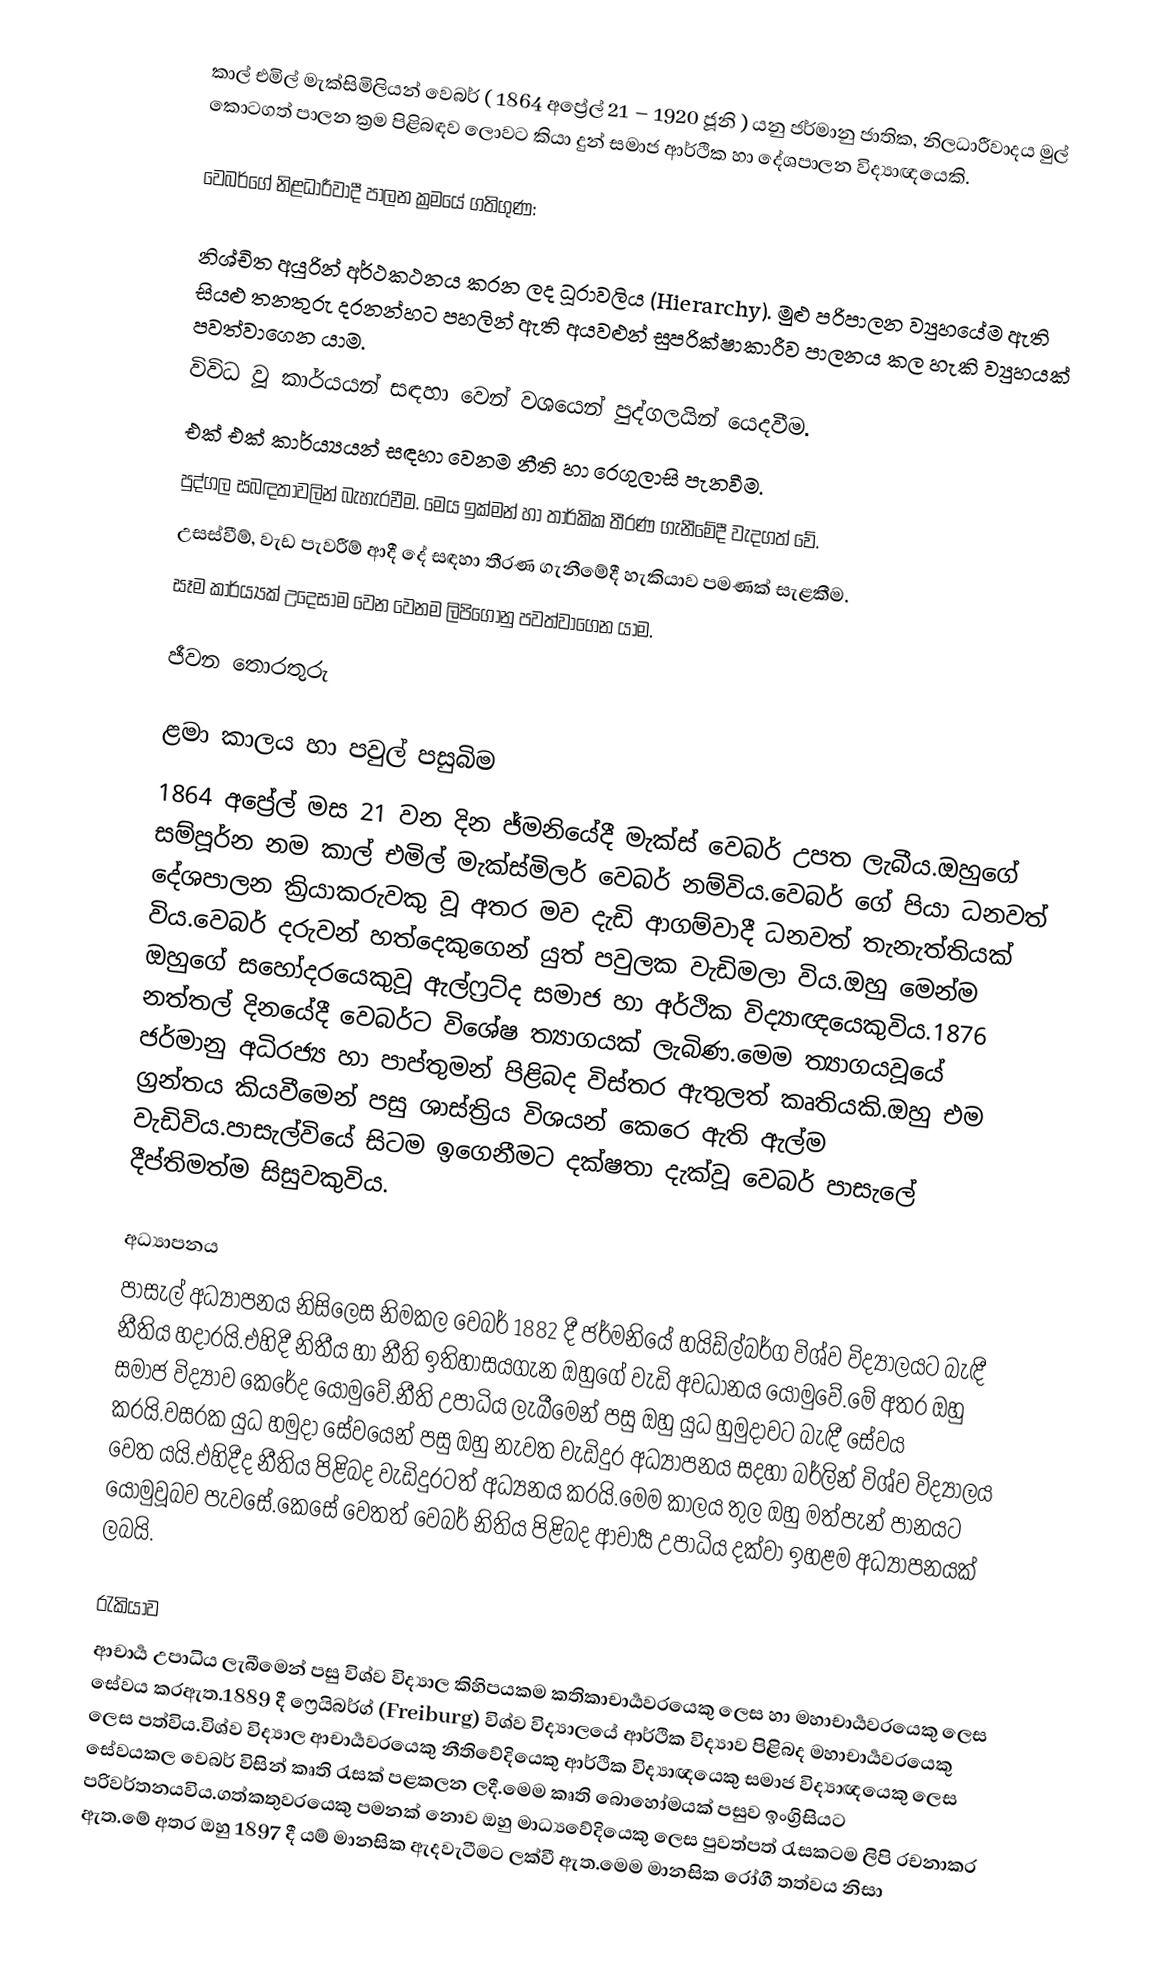
කාල් එමිල් මැක්සිමිලියන් වෙබර් ( 1864 අප්‍රේල් 21 – 1920 ජූනි ) යනු ජර්මානු ජාතික, නිලධාරීවාදය මුල් කොටගත් පාලන ක්‍රම පිළිබඳව ලොවට කියා දුන් සමාජ ආර්ථික හා දේශපාලන විද්‍යාඥයෙකි.

වෙබර්ගේ නිළධාරීවාදී පාලන ක්‍රමයේ ගතිගුණ:

 නිශ්චිත අයුරින් අර්ථකථනය කරන ලද ධූරාවලිය (Hierarchy). මුළු පරිපාලන ව්‍යුහයේම ඇති සියළු තනතුරු දරනන්හට පහලින් ඇති අයවළුන් සුපරික්ෂාකාරීව පාලනය කල හැකි ව්‍යුහයක් පවත්වාගෙන යාම.
 විවිධ වූ කාර්යයන් සඳහා වෙන් වශයෙන් පුද්ගලයින් යෙදවීම.
 එක් එක් කාර්ය්‍යයන් සඳහා වෙනම නීති හා රෙගුලාසි පැනවීම.
 පුද්ගල සබඳතාවලින් බැහැරවීම. මෙය ඉක්මන් හා තාර්කික තීරණ ගැනීමේදී වැදගත් වේ.
 උසස්වීම්, වැඩ පැවරීම් ආදී දේ සඳහා තීරණ ගැනීමේදී හැකියාව පමණක් සැළකීම.
 සෑම කාර්ය්‍යක් උදෙසාම වෙන වෙනම ලිපිගොනු පවත්වාගෙන යාම.

ජීවන තොරතුරු

ළමා කාලය හා පවුල් පසුබිම
1864 අප්‍රේල් මස 21 වන දින ජ්මනියේදී මැක්ස් වෙබර් උපත ලැබීය.ඔහුගේ සම්පූර්න නම කාල් එමිල් මැක්ස්මිලර් වෙබර් නම්විය.වෙබර් ගේ පියා ධනවත් දේශපාලන ක්‍රියාකරුවකු වූ අතර මව දැඩි ආගම්වාදී ධනවත් තැනැත්තියක් විය.වෙබර් දරුවන් හත්දෙකුගෙන් යුත් පවුලක වැඩිමලා විය.ඔහු මෙන්ම ඔහුගේ සහෝදරයෙකුවූ ඇල්ෆ්‍රට්ද සමාජ හා අර්ථික විද්‍යාඥයෙකුවිය.1876 නත්තල් දිනයේදී වෙබර්ට විශේෂ ත්‍යාගයක් ලැබිණ.මෙම ත්‍යාගයවූයේ ජර්මානු අධිරජ්‍ය හා පාප්තුමන් පිළිබද විස්තර ඇතුලත් කෘතියකි.ඔහු එම ග්‍රන්තය කියවීමෙන් පසු ශාස්ත්‍රිය විශයන් කෙරෙ ඇති ඇල්ම වැඩිවිය.පාසැල්වියේ සිටම ඉගෙනීමට දක්ෂතා දැක්වූ වෙබර් පාසැලේ දීප්තිමත්ම සිසුවකුවිය.

අධ්‍යාපනය
පාසැල් අධ්‍යාපනය නිසිලෙස නිමකල වෙබර් 1882 දී ජර්මනියේ හයිඩ්ල්බර්ග විශ්ව විද්‍යාලයට බැඳී නීතිය හදාරයි.එහිදී නිතීය හා නීති ඉතිහාසයගැන ඔහුගේ වැඩි අවධානය යොමුවේ.මේ අතර ඔහු සමාජ විද්‍යාව කෙරේද යොමුවේ.නීති උපාධිය ලැබීමෙන් පසු ඔහු යුධ හුමුදාවට බැඳී සේවය කරයි.වසරක යුධ හමුදා සේවයෙන් පසු ඔහු නැවත වැඩිදුර අධ්‍යාපනය සදහා බර්ලින් විශ්ව විද්‍යාලය වෙත යයි.එහිදීද නීතිය පිළිබද වැඩිදුරටත් අධ්‍යනය කරයි.මෙම කාලය තුල ඔහු මත්පැන් පානයට යොමුවූබව පැවසේ.කෙසේ වෙතත් වෙබර් නිතිය පිළිබද ආචාර්‍ය උපාධිය දක්වා ඉහළම අධ්‍යාපනයක් ලබයි.

රැකියාව
ආචාර්‍ය උපාධිය ලැබීමෙන් පසු විශ්ව විද්‍යාල කිහිපයකම කතිකාචාර්‍යවරයෙකු ලෙස හා මහාචාර්‍යවරයෙකු ලෙස සේවය කරඇත.1889 දී ෆ්‍රෙයිබර්ග් (Freiburg) විශ්ව විද්‍යාලයේ ආර්ථික විද්‍යාව පිළිබද මහාචාර්‍යවරයෙකු ලෙස පත්විය.විශ්ව විද්‍යාල ආචාර්‍යවරයෙකු නීතිවේදියෙකු ආර්ථික විද්‍යාඥයෙකු සමාජ විද්‍යාඥයෙකු ලෙස සේවයකල වෙබර් විසින් කෘති රැසක් පළකලන ලදී.මෙම කෘති බොහෝමයක් පසුව ඉංග්‍රිසියට පරිවර්තනයවිය.ගත්කතුවරයෙකු පමනක් නොව ඔහු මාධ්‍යවේදියෙකු ලෙස පුවත්පත් රැසකටම ලිපි රචනාකර ඇත.මේ අතර ඔහු 1897 දී යම් මානසික ඇදවැටීමට ලක්වී ඇත.මෙම මානසික රෝගී තත්වය නිසා